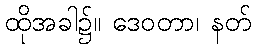
ထိုအခါ၌။ ဒေဝတာ၊ နတ်